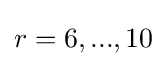
r=6,...,10